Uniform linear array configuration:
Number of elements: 12
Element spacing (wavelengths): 1
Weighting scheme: cosine
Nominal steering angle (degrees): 15
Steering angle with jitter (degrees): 15.982
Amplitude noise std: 0.05
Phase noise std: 0.05

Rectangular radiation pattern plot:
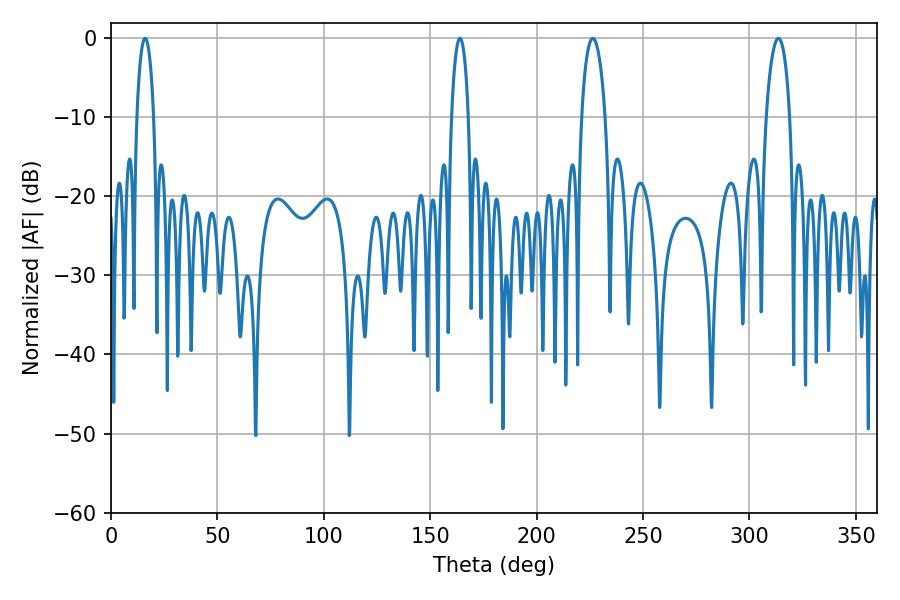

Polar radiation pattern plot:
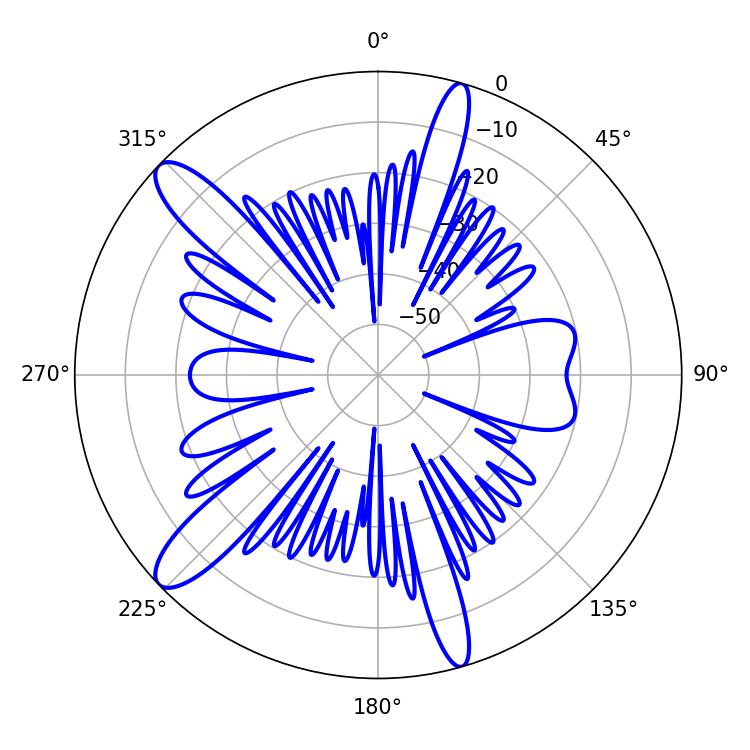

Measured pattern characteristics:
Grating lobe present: TRUE
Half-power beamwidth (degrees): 4.5
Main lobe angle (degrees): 16.02